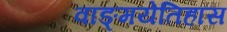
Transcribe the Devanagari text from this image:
वाङ्मयेतिहास